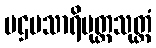
ပဌမသာရိပုတ္တသုတ္တံ